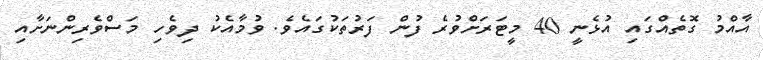
އާއްމު ގޮތެއްގައި އުޅެނީ 40 މީޓަރަށްވުރެ ފުން ފަރުތަކުގައެވެ. ވުމާއެކު ދިވެހި މަސްވެރިންނަށާއި